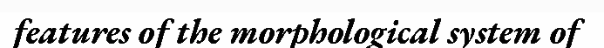
features of the morphological system of